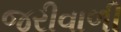
જરીવાળી